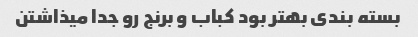
بسته بندی بهتر بود کباب و برنج رو جدا میذاشتن